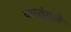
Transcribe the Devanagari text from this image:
वास्तूंमुळे